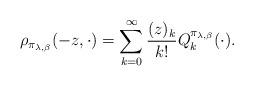
LaTeX: \begin{align*}\rho_{\pi_{\lambda,\beta}}(-z,\cdot)=\sum_{k=0}^{\infty}\frac{(z)_{k}}{k!}Q_{k}^{\pi_{\lambda,\beta}}(\cdot).\end{align*}